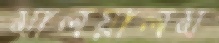
মালয়ালম